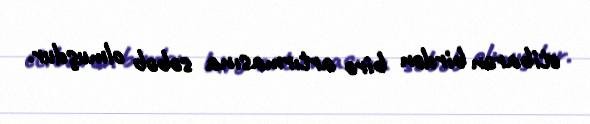
etibarən birdən birə artırmasına səbəb olmuşdur.